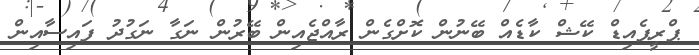
ޕްރީޕެއިޑް ކޭޝް ކާޑެއް ބޭނުން ކޮށްގެން ރާއްޖެއިން ބޭރުން ނަގާ ނަގުދު ފައިސާއިން